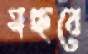
মচ্ছবে